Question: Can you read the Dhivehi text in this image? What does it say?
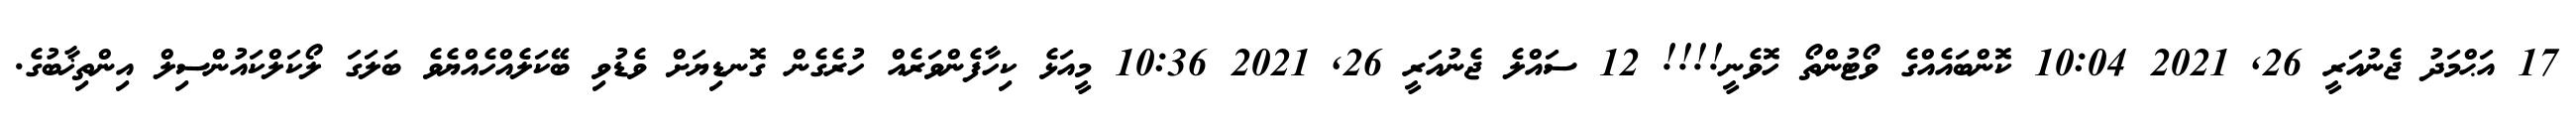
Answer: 17 އަޙްމަދު ޖެނުއަރީ 26, 2021 10:04 ކޮންބައެއްގެ ވޯޓުންތޯ ހޮވެނީ!!!! 12 ސައްލެ ޖެނުއަރީ 26, 2021 10:36 މީއަޅެ ކިހާފެންވަރެއް ހުރެގެން ގޮނޑިޔަށް ވެޑުވި ބޭކަލެއްހެއްޔެވެ ބަލަގަ ލޯކަލްކައުންސިލް އިންތިޚާބުގެ.